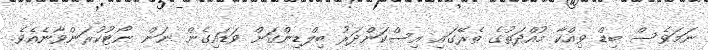
ނަމަވެސް ބިޑް ވިއްކާ މުއްދަތުގެ ތެރޭގައި އިސްކަންދަރު ބިލްޑިންގަށް ވަޑައިގެން ނަން ނޯޓުކުރަންވާނެއެވެ.